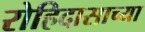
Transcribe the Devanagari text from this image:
रोहिदासाच्या